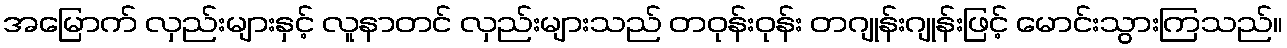
အမြောက် လှည်းများနှင့် လူနာတင် လှည်းများသည် တဝုန်းဝုန်း တဂျုန်းဂျုန်းဖြင့် မောင်းသွားကြသည်။